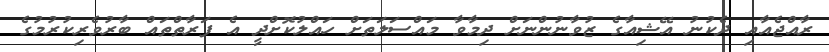
ރާއްޖެއާއި ދެކުނު އޭޝިއާގެ ޒުވާނުންނަށް ދިމާވާ މައްސަލަތަށް ހައްލުކޮށްދީ އެ ފަރާތްތައް ބާރުވެރިކުރުމުގެ